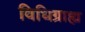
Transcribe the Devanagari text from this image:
विधिग्राह्य